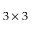
3 \times 3